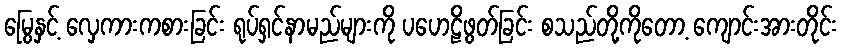
မြွေနှင့် လှေကားကစားခြင်း ရုပ်ရှင်နာမည်များကို ပဟေဠိဖွတ်ခြင်း စသည်တို့ကိုတော့ ကျောင်းအားတိုင်း